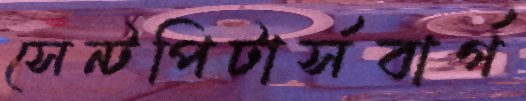
সেন্টপিটার্সবার্গ